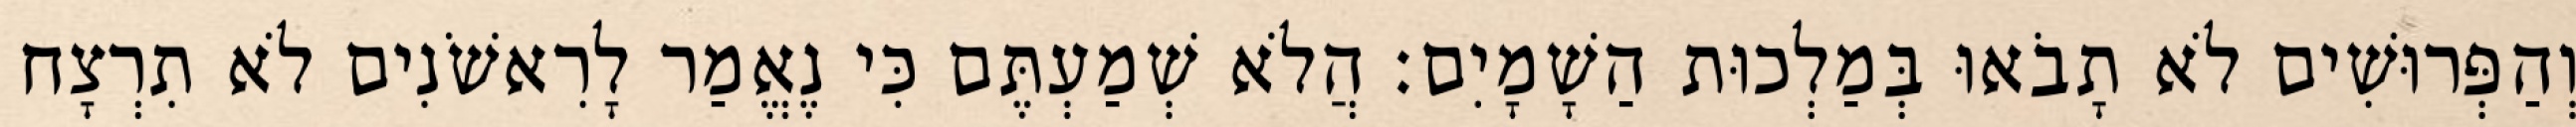
וְהַפְּרוּשִׁים לֹא תָבֹאוּ בְּמַלְכוּת הַשָׁמָיִם׃ הֲלֹא שְׁמַעְתֶּם כִּי נֶאֱמַר לָרִאשֹׁנִים לֹא תִרְצָח